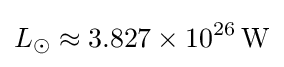
L_{\odot }\approx 3.827\times 10^{26}\,{\rm {W}}